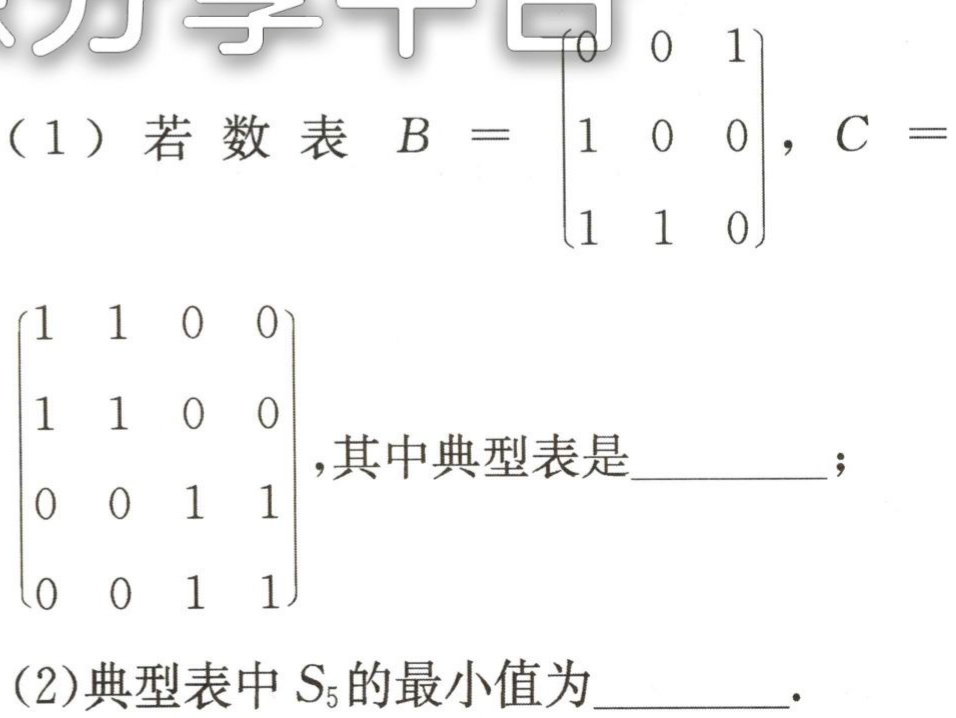
(1) 若数表 \(B = \begin{pmatrix}0&0&1\\1&0&0\\1&1&0\end{pmatrix}\)，\(C = \begin{pmatrix}1&1&0&0\\1&1&0&0\\0&0&1&1\\0&0&1&1\end{pmatrix}\)，其中典型表是\(\underline{\quad\quad}\)；
(2)典型表中 \(S_{5}\) 的最小值为\(\underline{\quad\quad}\)。